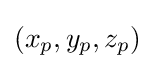
(x_{p},y_{p},z_{p})